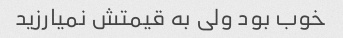
خوب بود ولی به قیمتش نمیارزید